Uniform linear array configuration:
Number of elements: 64
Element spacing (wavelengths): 0.25
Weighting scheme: exponential
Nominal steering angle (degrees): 30
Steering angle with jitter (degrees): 30.099
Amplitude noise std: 0.05
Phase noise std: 0.05

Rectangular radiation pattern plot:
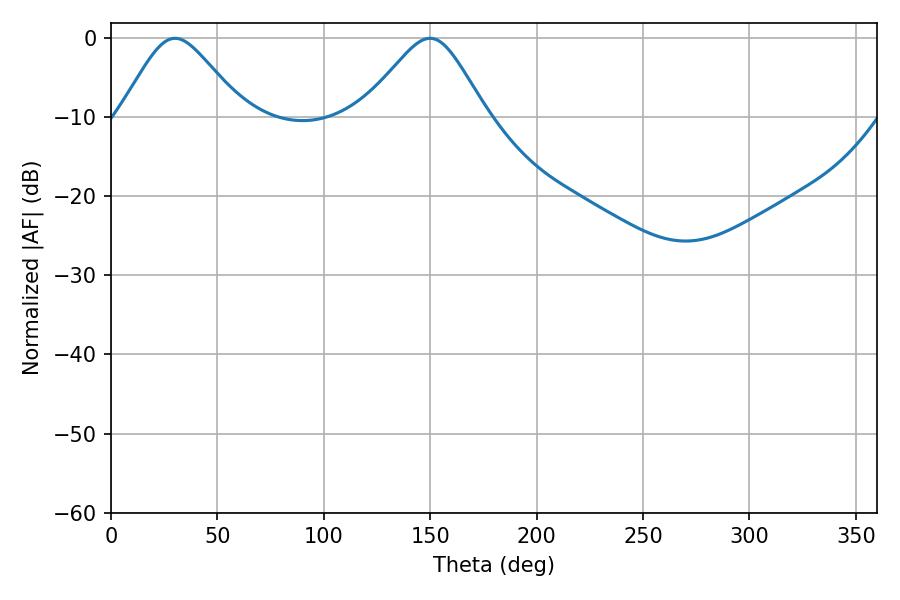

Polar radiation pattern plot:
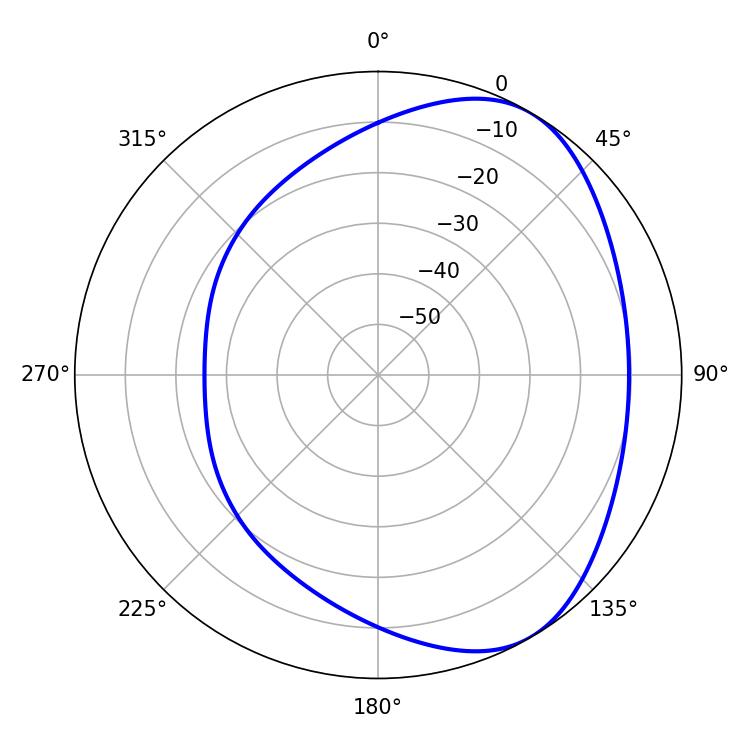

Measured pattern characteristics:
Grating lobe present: FALSE
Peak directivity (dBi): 4.841
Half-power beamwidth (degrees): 28.08
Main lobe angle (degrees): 30.06